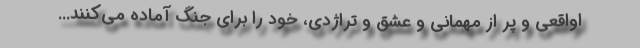
اواقعی و پر از مهمانی و عشق و تراژدی، خود را برای جنگ آماده می‌کنند...